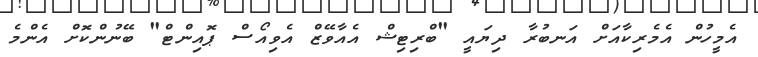
އެމީހުން އެމެރިކާއަށް އަނބުރާ ދިޔައީ "ބްރިޓިޝް އެއާވޭޒް އެވިއޯސް ޕޮއިންޓް" ބޭނުންކޮށް އެންމެ